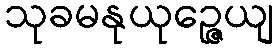
သုခမနုယုဉ္ဇေယျ